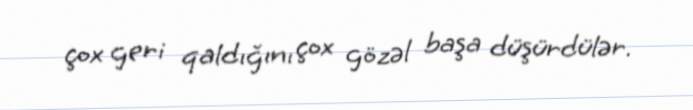
çox geri qaldığını çox gözəl başa düşürdülər.